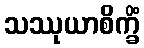
သဿုယာစိက္ခိံ